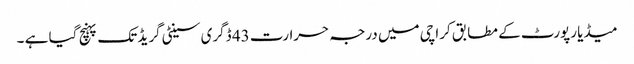
میڈیا رپورٹ کے مطابق کراچی میں درجہ حرارت 43 ڈگری سینٹی گریڈ تک پہنچ گیا ہے ۔